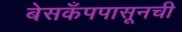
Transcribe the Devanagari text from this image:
बेसकँपपासूनची